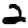
Digit: 2